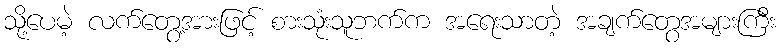
သို့ပေမဲ့ လက်တွေ့အားဖြင့် စားသုံးသူဘက်က အရေးသာတဲ့ အချက်တွေအများကြီး